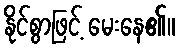
နိုင်စွာဖြင့် မေးနေ၏။